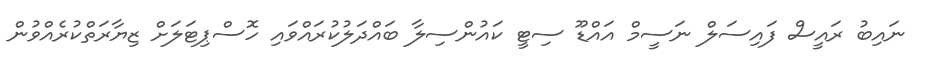
ނައިބު ރައީސް ފައިސަލް ނަސީމް އައްޑޫ ސިޓީ ކައުންސިލާ ބައްދަލުކުރައްވައި ހޮސްޕިޓަލަށް ޒިޔާރަތްކުރެއްވުން